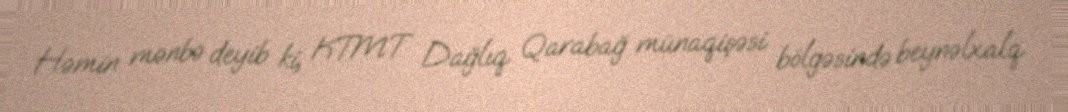
Həmin mənbə deyib ki, KTMT Dağlıq Qarabağ münaqişəsi bölgəsində beynəlxalq